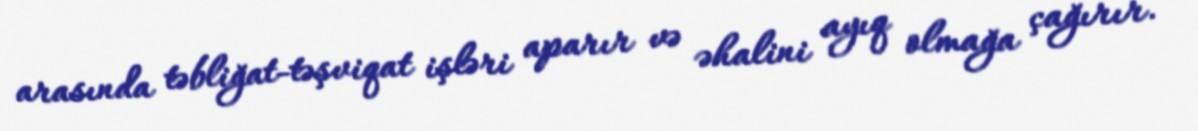
arasında təbliğat-təşviqat işləri aparır və əhalini ayıq olmağa çağırır.